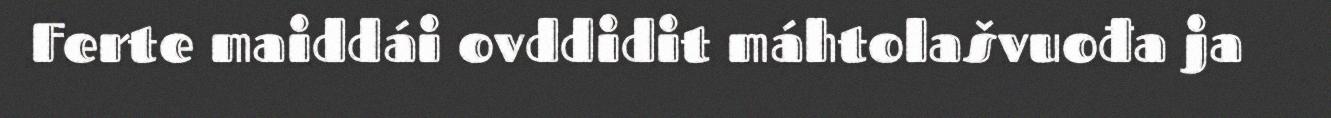
Ferte maiddái ovddidit máhtolašvuođa ja